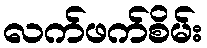
လက်ဖက်စိမ်း